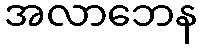
အလာဘေန